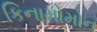
કિનામોમોન